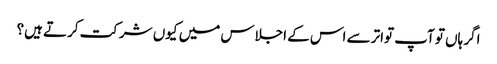
اگر ہاں تو آپ تواتر سے اس کے اجلاس میں کیوں شرکت کرتے ہیں؟